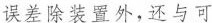
误差除装置外，还与可